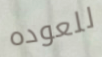
للعوده